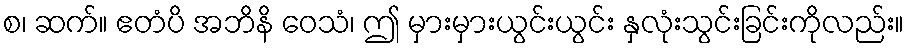
စ၊ ဆက်။ ဧတံပိ အဘိနိ ဝေသံ၊ ဤ မှားမှားယွင်းယွင်း နှလုံးသွင်းခြင်းကိုလည်း။